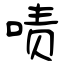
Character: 啧